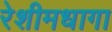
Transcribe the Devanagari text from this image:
रेशीमधागा